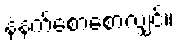
နံနက်စောစောလျှင်။